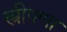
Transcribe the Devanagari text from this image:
स्त्रीपणा